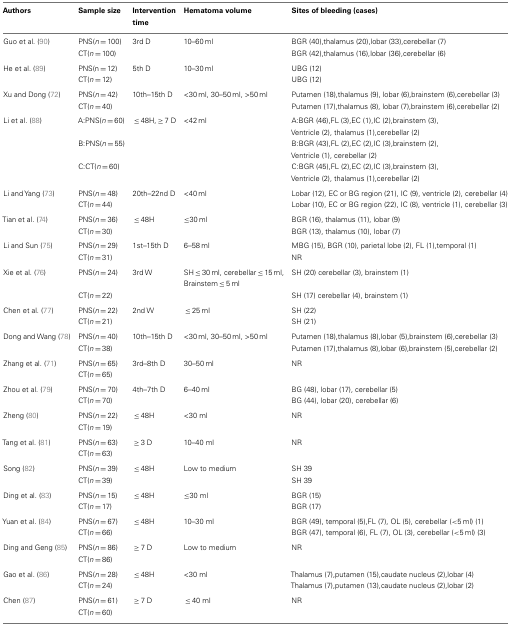
<table><thead><tr><td><b>Authors</b></td><td><b>Sample size</b></td><td><b>Intervention time</b></td><td><b>Hematoma volume</b></td><td><b>Sites of bleeding (cases)</b></td></tr></thead><tbody><tr><td>Guo et al. (90)</td><td>PNS(<i>n</i> = 100)</td><td>3rd D</td><td>10–60 ml</td><td>BGR (40),thalamus (20),lobar (33),cerebellar (7)</td></tr><tr><td></td><td>CT(<i>n</i> = 100)</td><td></td><td></td><td>BGR (42),thalamus (16),lobar (36),cerebellar (6)</td></tr><tr><td>He et al. (89)</td><td>PNS(n = 12)</td><td>5th D</td><td>10–30 ml</td><td>UBG (12)</td></tr><tr><td></td><td>CT(<i>n</i> = 12)</td><td></td><td></td><td>UBG (12)</td></tr><tr><td>Xu and Dong (72)</td><td>PNS(<i>n</i> = 42)</td><td>10th–15th D</td><td>&lt;30 ml, 30–50 ml, &gt;50 ml</td><td>Putamen (18),thalamus (9), lobar (6),brainstem (6),cerebellar (3)</td></tr><tr><td></td><td>CT(<i>n</i> = 40)</td><td></td><td></td><td>Putamen (17),thalamus (8), lobar (7),brainstem (6),cerebellar (2)</td></tr><tr><td>Li et al. (88)</td><td>A:PNS(<i>n</i> = 60)</td><td> ≤ 48H, ≥ 7 D</td><td>&lt;42 ml</td><td>A:BGR (46),FL (3),EC (1),IC (2),brainstem (3),</td></tr><tr><td></td><td></td><td></td><td></td><td>Ventricle (2), thalamus (1),cerebellar (2)</td></tr><tr><td></td><td>B:PNS(<i>n</i> = 55)</td><td></td><td></td><td>B:BGR (43),FL (2),EC (2),IC (3),brainstem (2),</td></tr><tr><td></td><td></td><td></td><td></td><td>Ventricle (1), cerebellar (2)</td></tr><tr><td></td><td>C:CT(<i>n</i> = 60)</td><td></td><td></td><td>C:BGR (45),FL (2),EC (2),IC (3),brainstem (3),</td></tr><tr><td></td><td></td><td></td><td></td><td>Ventricle (2), thalamus (1),cerebellar (2)</td></tr><tr><td>Li and Yang (73)</td><td>PNS(<i>n</i> = 48)</td><td>20th–22nd D</td><td>&lt;40 ml</td><td>Lobar (12), EC or BG region (21), IC (9), ventricle (2), cerebellar (4)</td></tr><tr><td></td><td>CT(<i>n</i> = 44)</td><td></td><td></td><td>Lobar (10), EC or BG region (22), IC (8), ventricle (1), cerebellar (3)</td></tr><tr><td>Tian et al. (74)</td><td>PNS(<i>n</i> = 36)</td><td> ≤ 48H</td><td>≤30 ml</td><td>BGR (16), thalamus (11), lobar (9)</td></tr><tr><td></td><td>CT(<i>n</i> = 30)</td><td></td><td></td><td>BGR (13), thalamus (10), lobar (7)</td></tr><tr><td>Li and Sun (75)</td><td>PNS(<i>n</i> = 29)</td><td>1st–15th D</td><td>6–58 ml</td><td>MBG (15), BGR (10), parietal lobe (2), FL (1),temporal (1)</td></tr><tr><td></td><td>CT(<i>n</i> = 31)</td><td></td><td></td><td>NR</td></tr><tr><td>Xie et al. (76)</td><td>PNS(<i>n</i> = 24)</td><td>3rd W</td><td>SH ≤ 30 ml, cerebellar ≤ 15 ml,</td><td>SH (20) cerebellar (3), brainstem (1)</td></tr><tr><td></td><td></td><td></td><td>Brainstem ≤ 5 ml</td><td></td></tr><tr><td></td><td>CT(<i>n</i> = 22)</td><td></td><td></td><td>SH (17) cerebellar (4), brainstem (1)</td></tr><tr><td>Chen et al. (77)</td><td>PNS(<i>n</i> = 22)</td><td>2nd W</td><td> ≤ 25 ml</td><td>SH (22)</td></tr><tr><td></td><td>CT(<i>n</i> = 21)</td><td></td><td></td><td>SH (21)</td></tr><tr><td>Dong and Wang (78)</td><td>PNS(<i>n</i> = 40)</td><td>10th–15th D</td><td>&lt;30 ml, 30–50 ml, &gt;50 ml</td><td>Putamen (18),thalamus (8),lobar (5),brainstem (6),cerebellar (3)</td></tr><tr><td></td><td>CT(<i>n</i> = 38)</td><td></td><td></td><td>Putamen (17),thalamus (8),lobar (6),brainstem (5),cerebellar (2)</td></tr><tr><td>Zhang et al. (71)</td><td>PNS(<i>n</i> = 65)</td><td>3rd–8th D</td><td>30–50 ml</td><td>NR</td></tr><tr><td></td><td>CT(<i>n</i> = 65)</td><td></td><td></td><td></td></tr><tr><td>Zhou et al. (79)</td><td>PNS(<i>n</i> = 70)</td><td>4th–7th D</td><td>6–40 ml</td><td>BG (48), lobar (17), cerebellar (5)</td></tr><tr><td></td><td>CT(<i>n</i> = 70)</td><td></td><td></td><td>BG (44), lobar (20), cerebellar (6)</td></tr><tr><td>Zheng (80)</td><td>PNS(<i>n</i> = 22)</td><td> ≤ 48H</td><td>&lt;30 ml</td><td>NR</td></tr><tr><td></td><td>CT(<i>n</i> = 19)</td><td></td><td></td><td></td></tr><tr><td>Tang et al. (81)</td><td>PNS(<i>n</i> = 63)</td><td> ≥ 3 D</td><td>10–40 ml</td><td>NR</td></tr><tr><td></td><td>CT(<i>n</i> = 63)</td><td></td><td></td><td></td></tr><tr><td>Song (82)</td><td>PNS(<i>n</i> = 39)</td><td> ≤ 48H</td><td>Low to medium</td><td>SH 39</td></tr><tr><td></td><td>CT(<i>n</i> = 39)</td><td></td><td></td><td>SH 39</td></tr><tr><td>Ding et al. (83)</td><td>PNS(<i>n</i> = 15)</td><td> ≤ 48H</td><td>≤30 ml</td><td>BGR (15)</td></tr><tr><td></td><td>CT(<i>n</i> = 17)</td><td></td><td></td><td>BGR (17)</td></tr><tr><td>Yuan et al. (84)</td><td>PNS(<i>n</i> = 67)</td><td> ≤ 48H</td><td>10–30 ml</td><td>BGR (49), temporal (5),FL (7), OL (5), cerebellar (&lt;5 ml) (1)</td></tr><tr><td></td><td>CT(<i>n</i> = 66)</td><td></td><td></td><td>BGR (47), temporal (6), FL (7), OL (3), cerebellar (&lt;5 ml) (3)</td></tr><tr><td>Ding and Geng (85)</td><td>PNS(<i>n</i> = 86)</td><td> ≥ 7 D</td><td>Low to medium</td><td>NR</td></tr><tr><td></td><td>CT(<i>n</i> = 86)</td><td></td><td></td><td></td></tr><tr><td>Gao et al. (86)</td><td>PNS(<i>n</i> = 28)</td><td> ≤ 48H</td><td>&lt;30 ml</td><td>Thalamus (7),putamen (15),caudate nucleus (2),lobar (4)</td></tr><tr><td></td><td>CT(<i>n</i> = 24)</td><td></td><td></td><td>Thalamus (7),putamen (13),caudate nucleus (2),lobar (2)</td></tr><tr><td>Chen (87)</td><td>PNS(<i>n</i> = 61)</td><td> ≥ 7 D</td><td> ≤ 40 ml</td><td>NR</td></tr><tr><td></td><td>CT(<i>n</i> = 60)</td><td></td><td></td><td></td></tr></tbody></table>